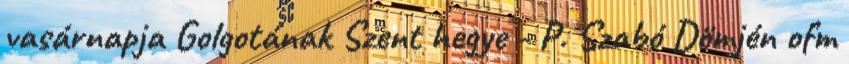
vasárnapja Golgotának Szent hegye - P. Szabó Dömjén ofm